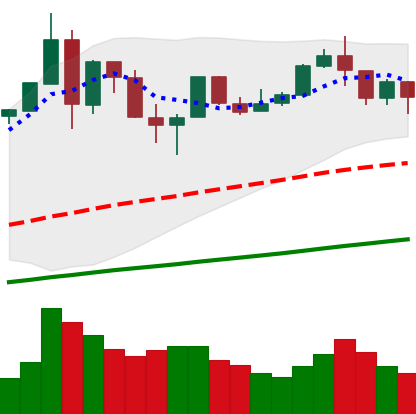
Ticker: BTC-USD
Chart end date: 2019-07-13
Forward return: -6.372%
Label: down_5_7